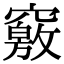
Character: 竅